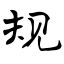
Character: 规